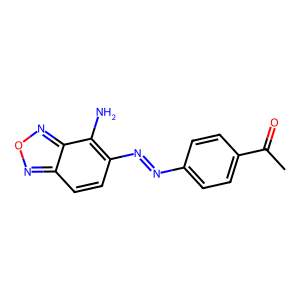
SMILES: CC(=O)c1ccc(N=Nc2ccc3nonc3c2N)cc1
Inhibits HIV replication: No